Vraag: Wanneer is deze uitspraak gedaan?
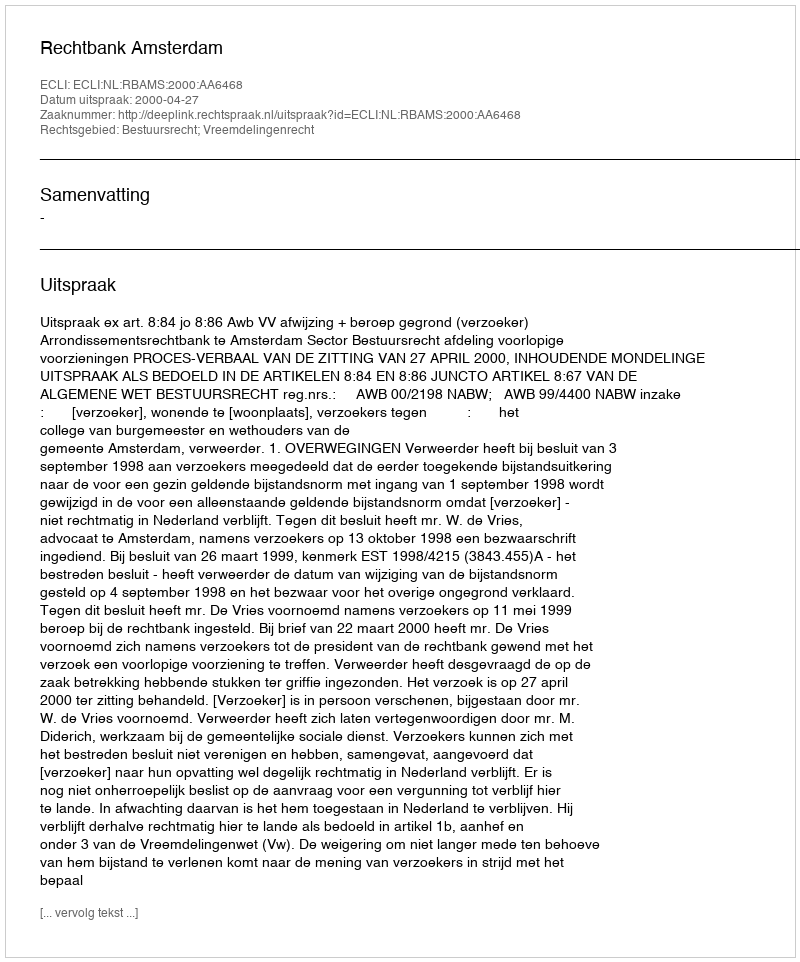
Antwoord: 2000-04-27